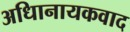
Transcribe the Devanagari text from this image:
अधिानायकवाद